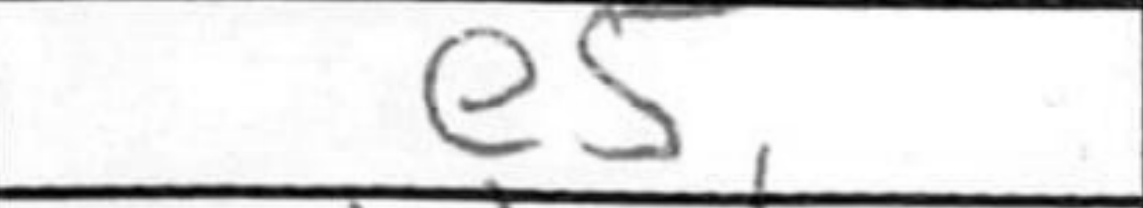
Transcription: e5